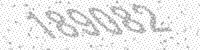
Solution: 189082